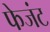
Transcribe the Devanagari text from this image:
फेजंट